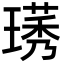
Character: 璓